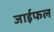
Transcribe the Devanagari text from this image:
जाईफल